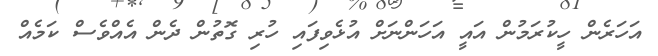
އަހަރެން ހީކުރަމުން އައީ އަހަންނަށް އުޅެވިފައި ހުރި ގޮތުން ދެން އެއްވެސް ކަމެއް